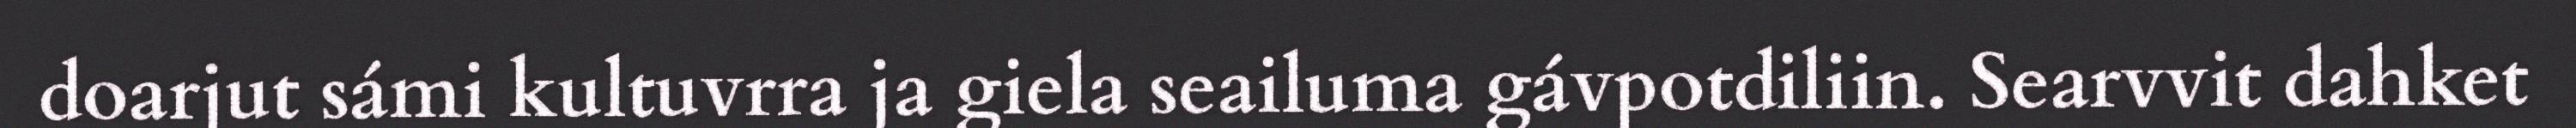
doarjut sámi kultuvrra ja giela seailuma gávpotdiliin. Searvvit dahket